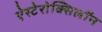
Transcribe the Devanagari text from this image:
ऐस्टेरोक्सिलॉन